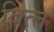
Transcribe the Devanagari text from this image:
वित्‍त